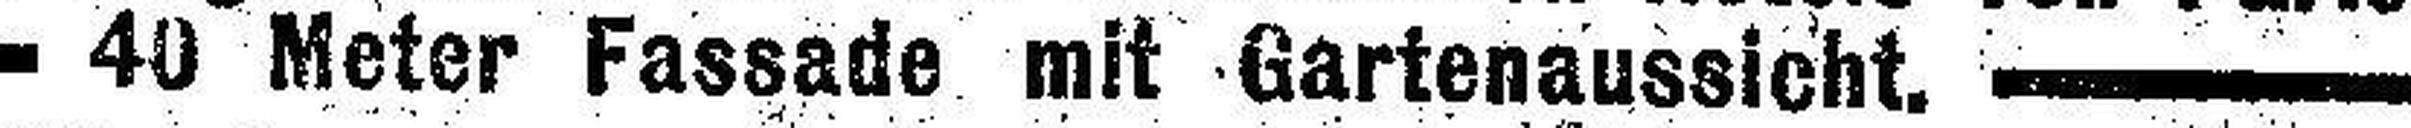
40 Meter Fassade mit Gartenaussicht.